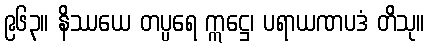
၉၆၃။ နိဿယေ တပ္ပရေ ဣဋ္ဌေ၊ ပရာယဏပဒံ တိသု။